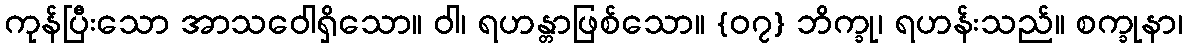
ကုန်ပြီးသော အာသဝေါရှိသော။ ဝါ၊ ရဟန္တာဖြစ်သော။ {၀၇} ဘိက္ခု၊ ရဟန်းသည်။ စက္ခုနာ၊